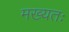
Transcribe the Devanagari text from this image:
मख्यतः